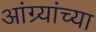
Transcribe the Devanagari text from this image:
आंग्र्यांच्या